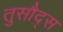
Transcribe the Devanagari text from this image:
तुसौद्स